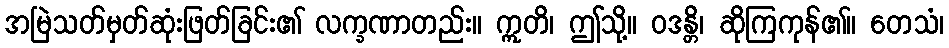
အမြဲသတ်မှတ်ဆုံးဖြတ်ခြင်း၏ လက္ခဏာတည်း။ ဣတိ၊ ဤသို့။ ဝဒန္တိ၊ ဆိုကြကုန်၏။ တေသံ၊